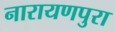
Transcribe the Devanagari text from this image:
नारायणपुरा